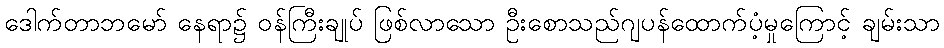
ဒေါက်တာဘမော် နေရာ၌ ဝန်ကြီးချုပ် ဖြစ်လာသော ဦးစောသည်ဂျပန်ထောက်ပံ့မှုကြောင့် ချမ်းသာ